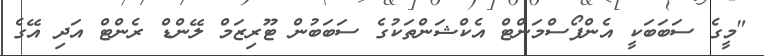
"މީގެ ސަބަބަކީ އެންފޯސްމަންޓް އެކްޝަންތަކުގެ ސަބަބުން ޓޫރިޒަމް ލޭންޑް ރެންޓް އަދި އޭގެ